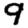
Digit: 9